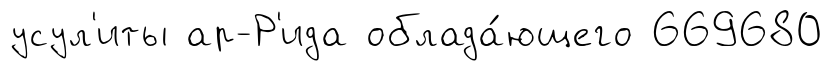
усул'иты ар-Р'ида облада́ющего 669680